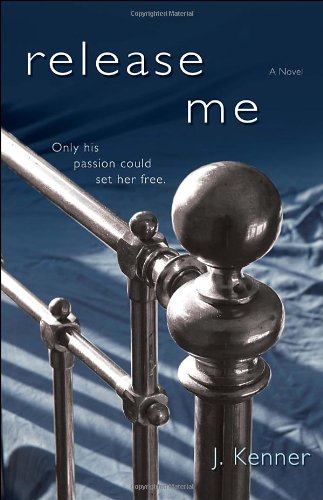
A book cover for Release Me (The Stark Series #1); J. Kenner; Romance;